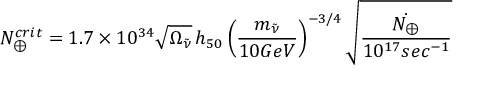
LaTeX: N _ { \oplus } ^ { c r i t } = 1 . 7 \times 1 0 ^ { 3 4 } \sqrt { \Omega _ { \tilde { \nu } } } \, h _ { 5 0 } \left( \frac { m _ { \tilde { \nu } } } { 1 0 G e V } \right) ^ { - 3 / 4 } \sqrt { \frac { \dot { N _ { \oplus } } } { 1 0 ^ { 1 7 } s e c ^ { - 1 } } }